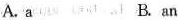
A.a B.an